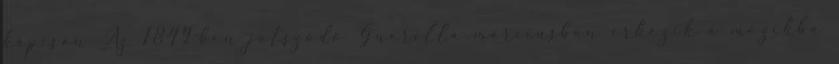
kapcsán Az 1849-ben játszódó Guerilla márciusban érkezik a mozikba